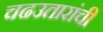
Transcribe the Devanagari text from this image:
चढउतारांची